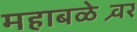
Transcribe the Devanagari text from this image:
महाबळेश्र्वर